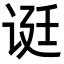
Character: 𬣻